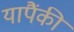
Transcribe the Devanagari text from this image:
यापैंकी